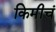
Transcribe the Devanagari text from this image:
किमीचं